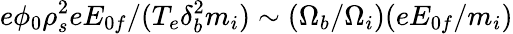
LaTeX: e\phi_{0}\rho_{s}^{2}eE_{0f}/(T_{e}\delta_{b}^{2}m_{i})\sim(\Omega_{b}/\Omega_{i})(eE_{0f}/m_{i})